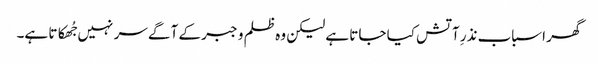
گھر اسباب نذرِ آتش کیا جاتا ہے لیکن وہ ظلم و جبر کے آگے سر نہیں جُھکاتا ہے۔